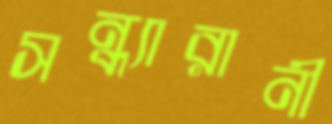
সন্ধ্যারানী